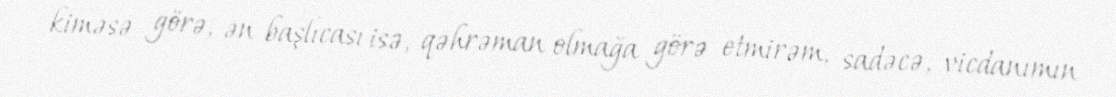
kiməsə görə, ən başlıcası isə, qəhrəman olmağa görə etmirəm, sadəcə, vicdanımın